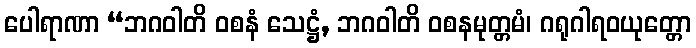
ပေါရာဏာ “ဘဂဝါတိ ဝစနံ သေဋ္ဌံ, ဘဂဝါတိ ဝစနမုတ္တမံ၊ ဂရုဂါရဝယုတ္တော